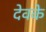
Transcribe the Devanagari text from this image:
देवके